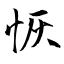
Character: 恢